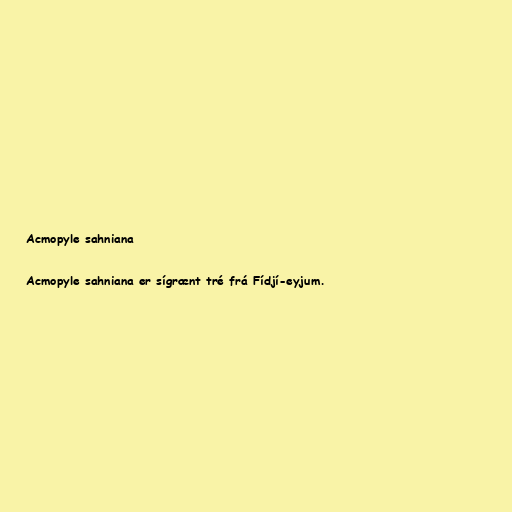
Acmopyle sahniana

Acmopyle sahniana er sígrænt tré frá Fídjí-eyjum.